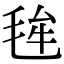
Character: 毪